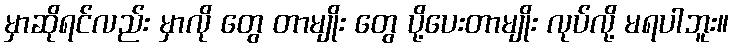
မှာဆိုရင်လည်း မှာလို တွေ တာမျိုး တွေ ပို့ပေးတာမျိုး လုပ်လို့ မရပါဘူး။